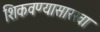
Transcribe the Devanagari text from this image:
शिकवण्यासारखा